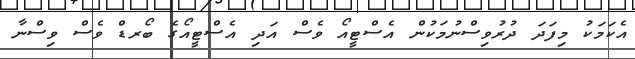
އެކަމަކު މިފަދަ ދުރުވިސްނުމަކުން އެސްޓީއޯ ވެސް އަދި އެސްޓީއޯގެ ބޯރޑް ވެސް ވިސްނާ